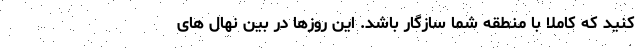
کنید که کاملاً با منطقه شما سازگار باشد. این روزها در بین نهال های